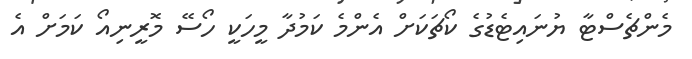
މެންޗެސްޓާ ޔުނައިޓެޑުގެ ކޯޗަކަށް އެންމެ ކަމުދާ މީހަކީ ހޯސޭ މޮރީނިއޯ ކަމަށް އެ